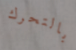
بالتحرك